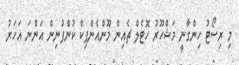
މި ރިސޯޓު ހިންގާނީ މަޝްހޫރު ހޮޓެލް ޗެއިން މޫންއެންޕިކް ކުންފުނިން އަންނަ އަހަރު